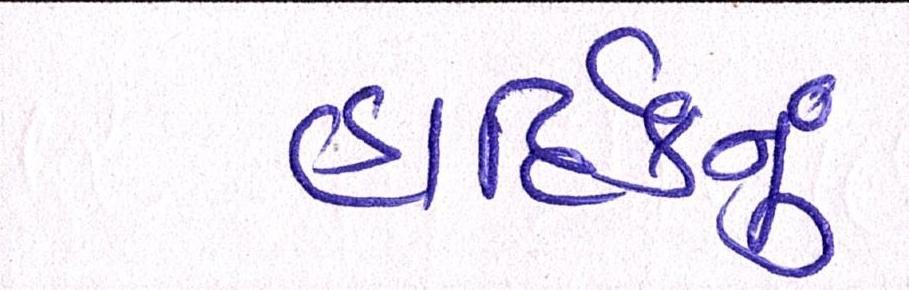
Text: હાર્દિકનું